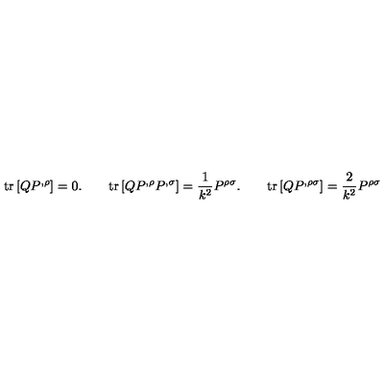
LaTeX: \mathrm { t r } \left[ Q P ^ { , \rho } \right] = 0 . \qquad \mathrm { t r } \left[ Q P ^ { , \rho } P ^ { , \sigma } \right] = \frac { 1 } { k ^ { 2 } } P ^ { \rho \sigma } . \qquad \mathrm { t r } \left[ Q P ^ { , \rho \sigma } \right] = \frac { 2 } { k ^ { 2 } } P ^ { \rho \sigma }